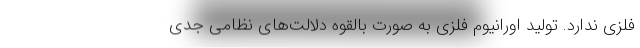
فلزی ندارد. تولید اورانیوم فلزی به صورت بالقوه دلالت‌های نظامی جدی